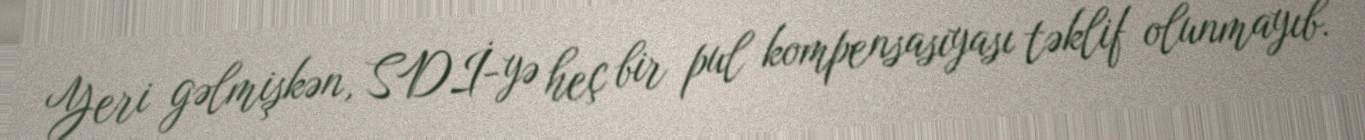
Yeri gəlmişkən, SDİ-yə heç bir pul kompensasiyası təklif olunmayıb.